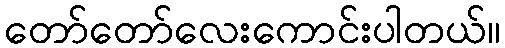
တော်တော်လေးကောင်းပါတယ်။